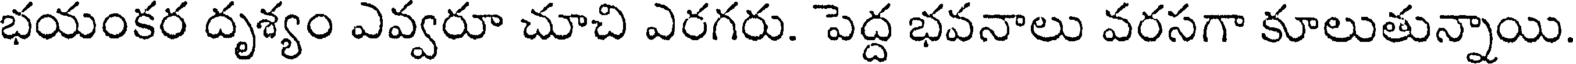
భయంకర దృశ్యం ఎవ్వరూ చూచి ఎరగరు. పెద్ద భవనాలు వరసగా కూలుతున్నాయి